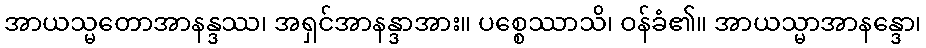
အာယသ္မတောအာနန္ဒဿ၊ အရှင်အာနန္ဒာအား။ ပစ္စေဿာသိ၊ ဝန်ခံ၏။ အာယသ္မာအာနန္ဒော၊